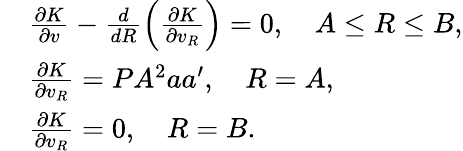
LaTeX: \begin{array}{rl}&{\frac{\partial K}{\partial v}-\frac{d}{dR}\Big(\frac{\partial K}{\partial v_{R}}\Big)=0,\quad A\leq R\leq B,}\\ &{\frac{\partial K}{\partial v_{R}}=PA^{2}{a}{a}^{\prime},\quad R=A,}\\ &{\frac{\partial K}{\partial v_{R}}=0,\quad R=B.}\end{array}